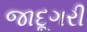
જાદૂગરી